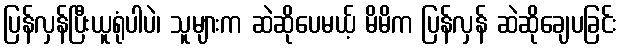
ပြန်လှန်ပြီးယူရုံပါပဲ၊ သူများက ဆဲဆိုပေမယ့် မိမိက ပြန်လှန် ဆဲဆိုချေပခြင်း